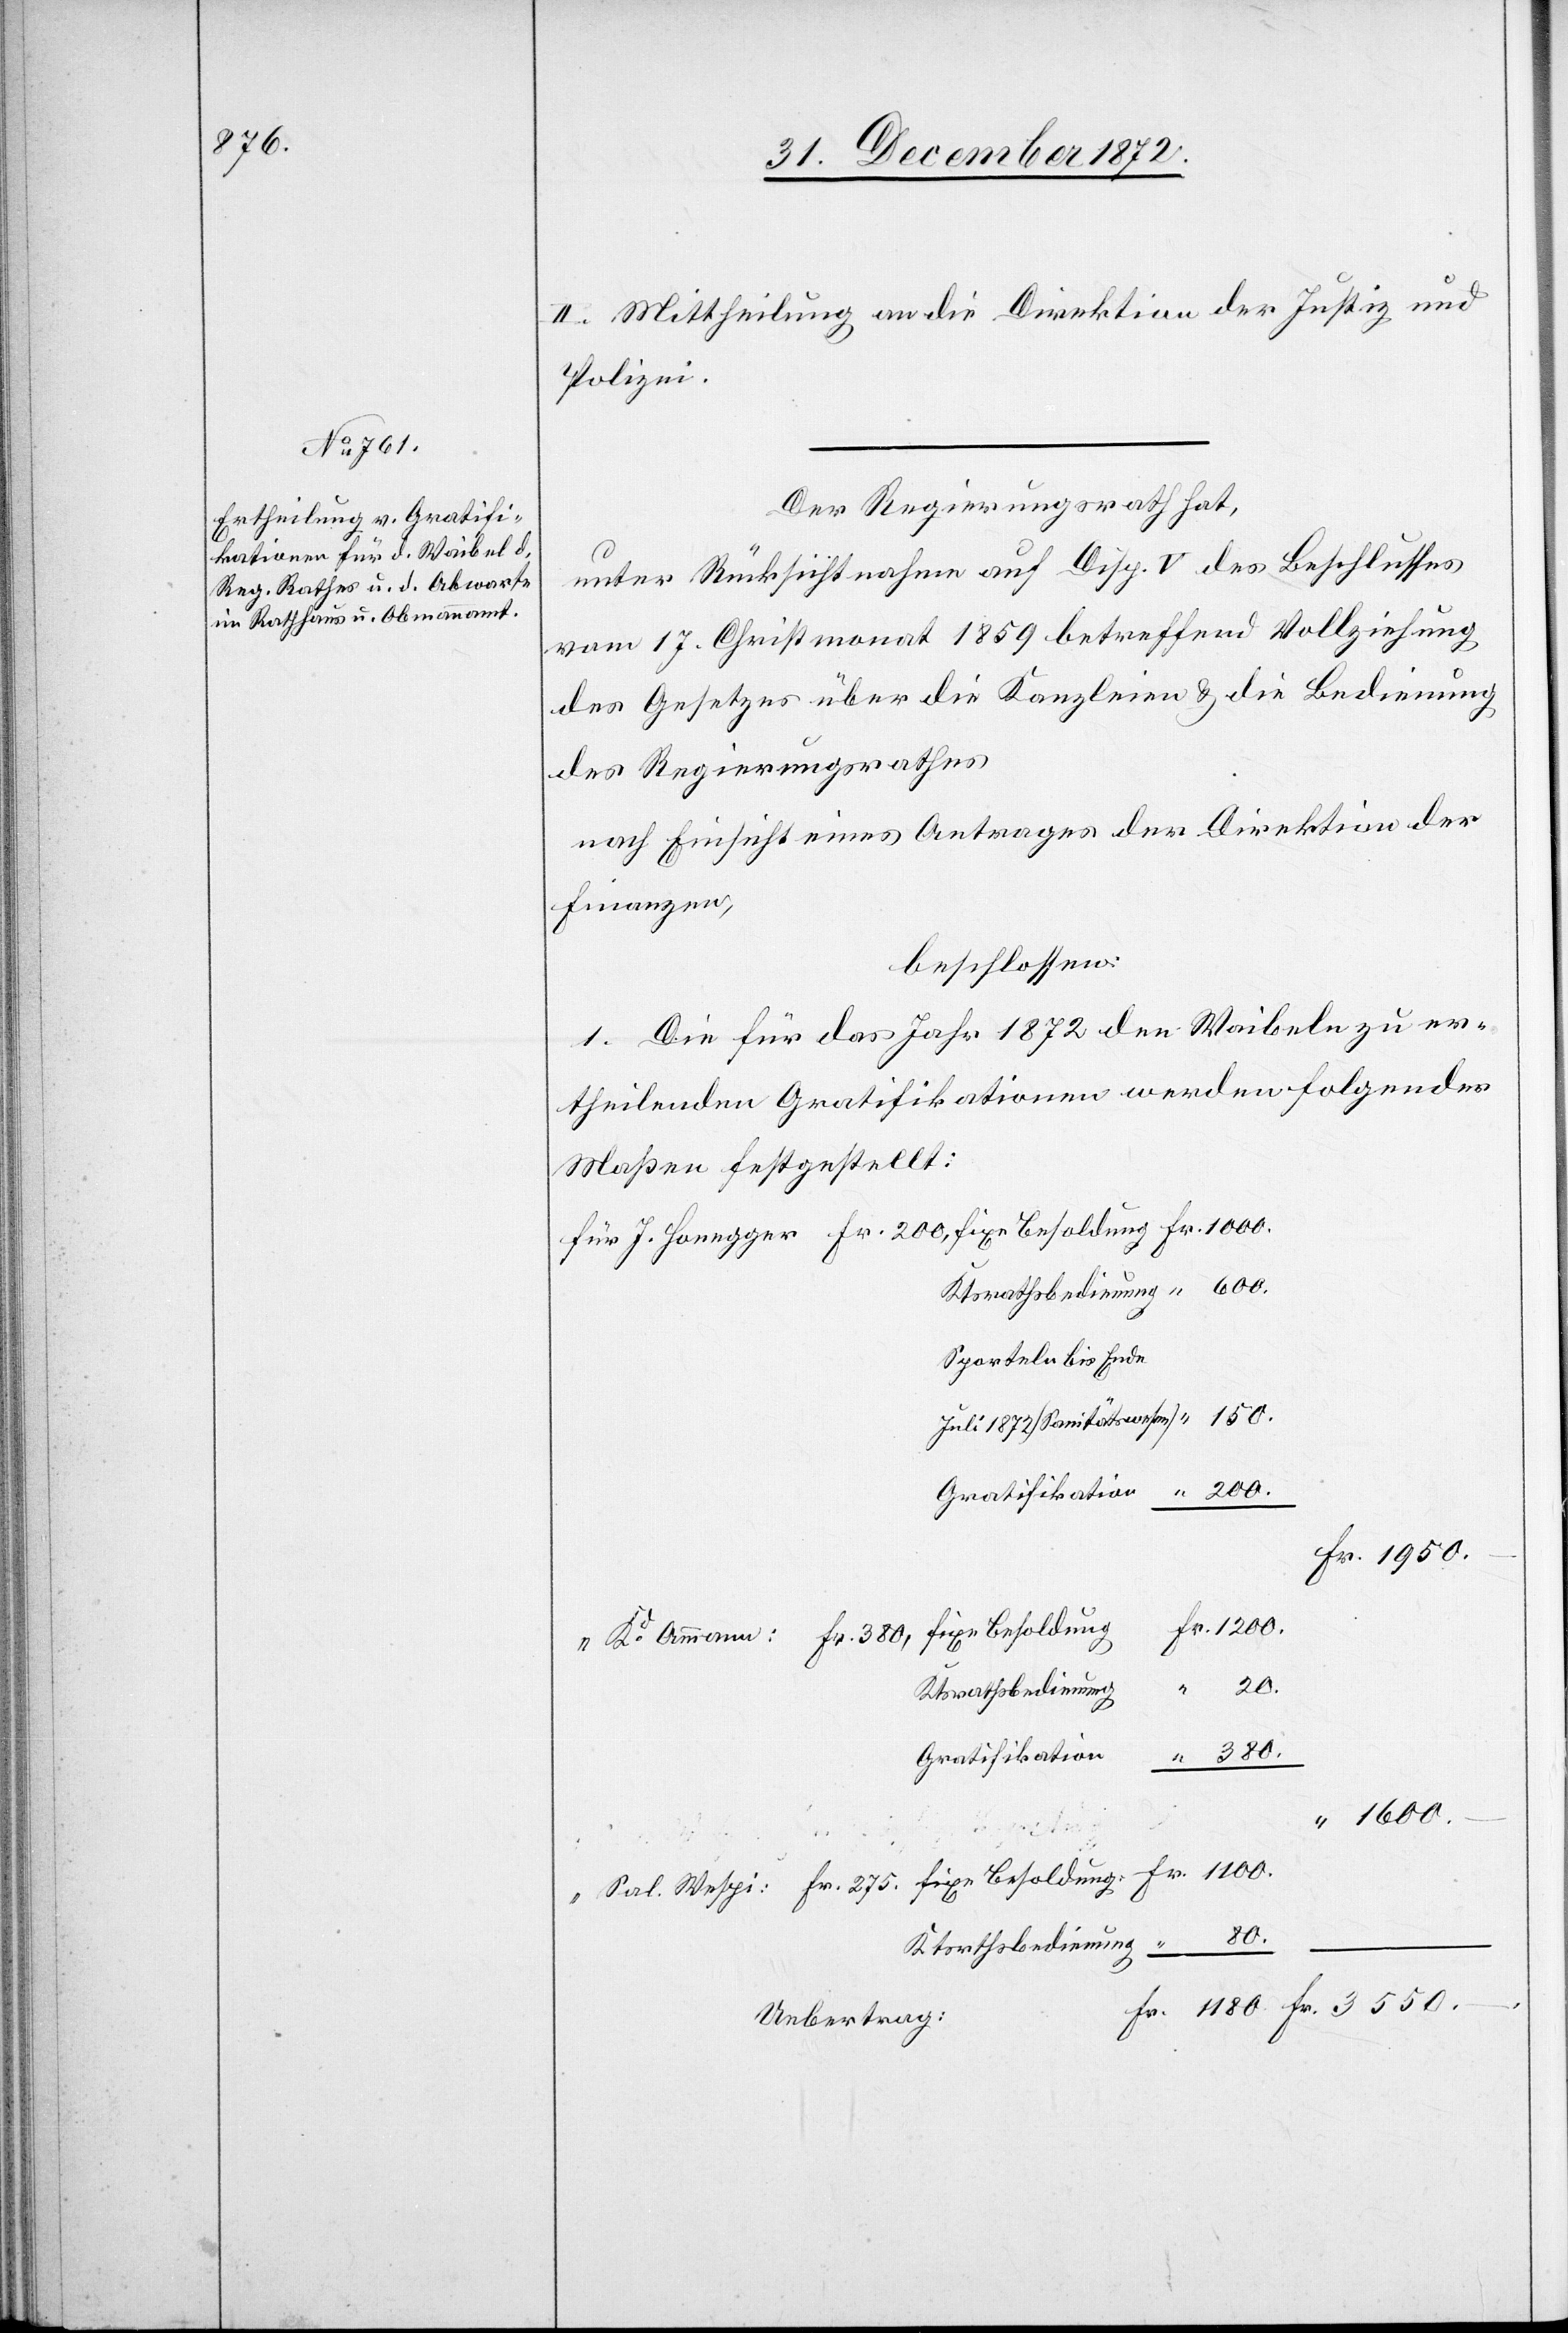
275.

II. Mittheilung an die Direktion der Justiz und
Polizei.
Der Regierungsrath hat,
unter Rücksichtnahme auf Disp. V des Beschlusses
vom 17. Christmonat 1859 betreffend Vollziehung
des Gesetzes über die Kanzleien u. die Bedienung
des Regierungsrathes
nach Einsicht eines Antrages der Direktion der
Finanzen,
beschlossen:
1. Die für das Jahr 1872 den Waibeln zu er¬
theilenden Gratifikationen werden folgender
Maßen festgestellt:
Sporteln bis Ende
Juli 1872 [Sanitätswesen]
Fr. 380,
Gratifikation
1600.–
Fr.
80.
Ktsrthsbedienung